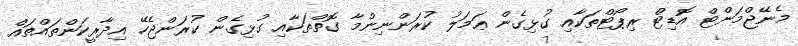
މެނޭޖްމަންޓް އޮޑިޓް ރިޕޯޓްތަކާއި ގުޅިގެން ޢަމަލު ކުރަންނިންމާ ގޮތްތަކާއި ގުޅިގެން ކުރަންޖެހޭ އިދާރީކަންތައްތައް